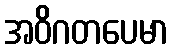
အဝိဂတပေမာ